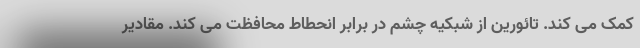
کمک می کند. تائورین از شبکیه چشم در برابر انحطاط محافظت می کند. مقادیر